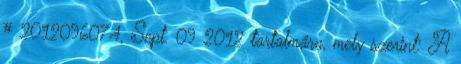
# 2012096074, Sept. 09 2012 tartalmára, mely szerint: A